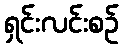
ရှင်းလင်းစဉ်